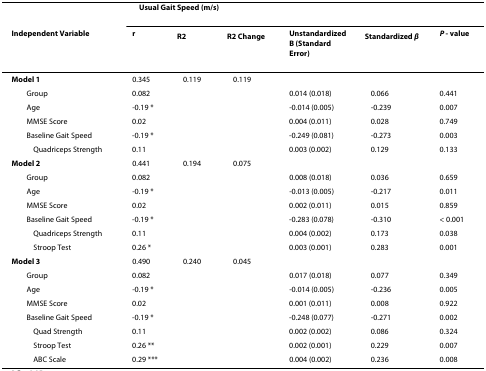
<table><thead><tr><td></td><td colspan="6"><b>Δ Usual Gait Speed (m/s)</b></td></tr><tr><td><b>Independent Variable</b></td><td><b>r</b></td><td><b>R<sup>2</sup></b></td><td><b>R<sup>2 </sup>Change</b></td><td><b>Unstandardized B (Standard Error)</b></td><td><b>Standardized <i>β</i></b></td><td><b><i>P </i>- value</b></td></tr></thead><tbody><tr><td><b>Model 1</b></td><td>0.345</td><td>0.119</td><td>0.119</td><td></td><td></td><td></td></tr><tr><td> Group</td><td>0.082</td><td></td><td></td><td>0.014 (0.018)</td><td>0.066</td><td>0.441</td></tr><tr><td> Age</td><td>-0.19 *</td><td></td><td></td><td>-0.014 (0.005)</td><td>-0.239</td><td>0.007</td></tr><tr><td> MMSE Score</td><td>0.02</td><td></td><td></td><td>0.004 (0.011)</td><td>0.028</td><td>0.749</td></tr><tr><td> Baseline Gait Speed</td><td>-0.19 *</td><td></td><td></td><td>-0.249 (0.081)</td><td>-0.273</td><td>0.003</td></tr><tr><td> Δ Quadriceps Strength</td><td>0.11</td><td></td><td></td><td>0.003 (0.002)</td><td>0.129</td><td>0.133</td></tr><tr><td><b>Model 2</b></td><td>0.441</td><td>0.194</td><td>0.075</td><td></td><td></td><td></td></tr><tr><td> Group</td><td>0.082</td><td></td><td></td><td>0.008 (0.018)</td><td>0.036</td><td>0.659</td></tr><tr><td> Age</td><td>-0.19 *</td><td></td><td></td><td>-0.013 (0.005)</td><td>-0.217</td><td>0.011</td></tr><tr><td> MMSE Score</td><td>0.02</td><td></td><td></td><td>0.002 (0.011)</td><td>0.015</td><td>0.859</td></tr><tr><td> Baseline Gait Speed</td><td>-0.19 *</td><td></td><td></td><td>-0.283 (0.078)</td><td>-0.310</td><td>&lt; 0.001</td></tr><tr><td> Δ Quadriceps Strength</td><td>0.11</td><td></td><td></td><td>0.004 (0.002)</td><td>0.173</td><td>0.038</td></tr><tr><td> Δ Stroop Test</td><td>0.26 *</td><td></td><td></td><td>0.003 (0.001)</td><td>0.283</td><td>0.001</td></tr><tr><td><b>Model 3</b></td><td>0.490</td><td>0.240</td><td>0.045</td><td></td><td></td><td></td></tr><tr><td> Group</td><td>0.082</td><td></td><td></td><td>0.017 (0.018)</td><td>0.077</td><td>0.349</td></tr><tr><td> Age</td><td>-0.19 *</td><td></td><td></td><td>-0.014 (0.005)</td><td>-0.236</td><td>0.005</td></tr><tr><td> MMSE Score</td><td>0.02</td><td></td><td></td><td>0.001 (0.011)</td><td>0.008</td><td>0.922</td></tr><tr><td> Baseline Gait Speed</td><td>-0.19 *</td><td></td><td></td><td>-0.248 (0.077)</td><td>-0.271</td><td>0.002</td></tr><tr><td> Δ Quad Strength</td><td>0.11</td><td></td><td></td><td>0.002 (0.002)</td><td>0.086</td><td>0.324</td></tr><tr><td> Δ Stroop Test</td><td>0.26 **</td><td></td><td></td><td>0.002 (0.001)</td><td>0.229</td><td>0.007</td></tr><tr><td> Δ ABC Scale</td><td>0.29 ***</td><td></td><td></td><td>0.004 (0.002)</td><td>0.236</td><td>0.008</td></tr></tbody></table>